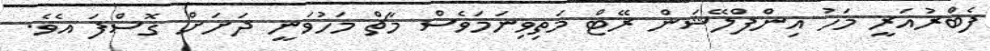
ފެބްރުއަރީ މަހު އިންފްލޭޝަން ރޭޓް މަތިވިނަމަވެސް މާޗް މަހުވަނީ ދަށަށް ގޮސްފަ އެވެ.